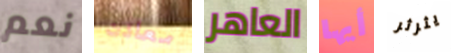
نعم معادن العاهر أيها يثرثر